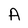
Character: A